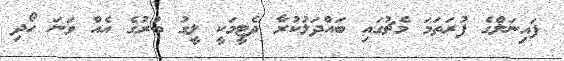
ފައިނަލްގެ ފުރަތަމަ މެޗުގައި ބައްދަލުކުރާ ދެޓީމަކީ ލީގު ބުރުގެ އެއް ވަނަ ހޯދި